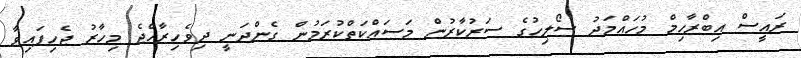
ރައީސް އިބްރާހިމް މުހައްމަދު ސޯލިހުގެ ސަރުކާރުން މަސައްކަތްކުރަމުން ގެންދަނީ ދިވެހިރާއްޖެ މިހާރު ޖެހިފައިވާ